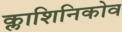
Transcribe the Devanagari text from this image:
क्लाशिनिकोव